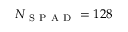
N _ { \mathrm { ~ S ~ P ~ A ~ D ~ } } = 1 2 8